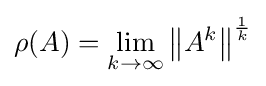
\rho (A)=\lim _{k\to \infty }\left\|A^{k}\right\|^{\frac {1}{k}}